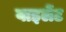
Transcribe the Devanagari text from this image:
वाइलेंट